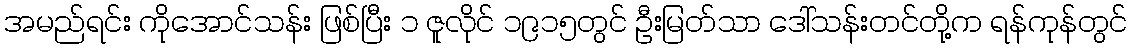
အမည်ရင်း ကိုအောင်သန်း ဖြစ်ပြီး ၁ ဇူလိုင် ၁၉၁၅တွင် ဦးမြတ်သာ ဒေါ်သန်းတင်တို့က ရန်ကုန်တွင်